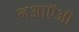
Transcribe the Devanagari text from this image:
नआऍऑ